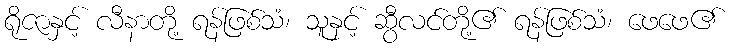
ရိုဇာနှင့် လီနာတို့ ရန်ဖြစ်သံ၊ သူနှင့် ဆွီလင်တို့၏ ရန်ဖြစ်သံ၊ ဖေဖေ၏